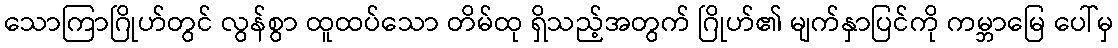
သောကြာဂြိုဟ်တွင် လွန်စွာ ထူထပ်သော တိမ်ထု ရှိသည့်အတွက် ဂြိုဟ်၏ မျက်နှာပြင်ကို ကမ္ဘာမြေ ပေါ်မှ